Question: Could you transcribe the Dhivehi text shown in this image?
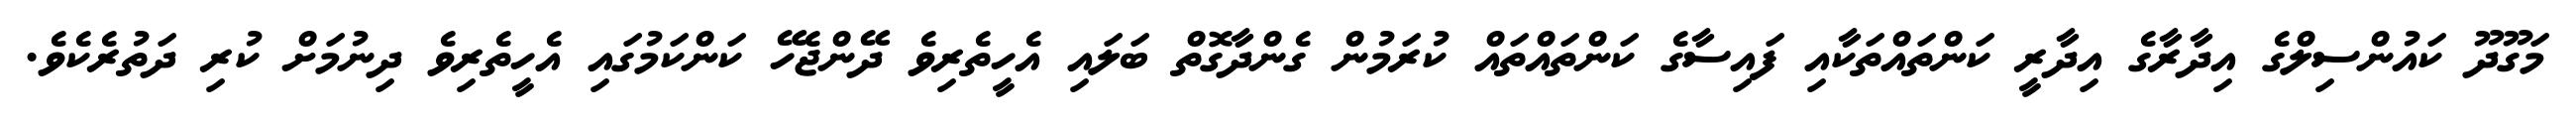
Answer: މަގޫދޫ ކައުންސިލްގެ އިދާރާގެ އިދާރީ ކަންތައްތަކާއި ފައިސާގެ ކަންތައްތައް ކުރަމުން ގެންދާގޮތް ބަލައި އެހީތެރިވެ ދޭންޖެހޭ ކަންކަމުގައި އެހީތެރިވެ ދިނުމަށް ކުރި ދަތުރެކެވެ.